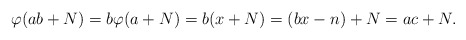
\begin{align*}\varphi(ab+N) = b \varphi(a+N) = b(x+N) = (bx-n)+N = ac+N.\end{align*}